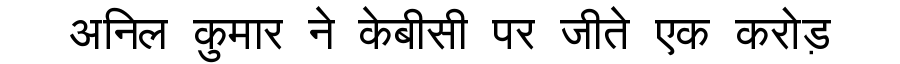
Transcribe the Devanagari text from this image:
अनिल कुमार ने केबीसी पर जीते एक करोड़